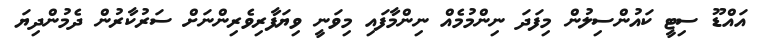
އައްޑޫ ސިޓީ ކައުންސިލުން މިފަދަ ނިންމުމެއް ނިންމާފައި މިވަނީ ވިޔަފާރިވެރިންނަށް ސަރުކާރުން ދެމުންދިޔަ